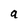
Character: a